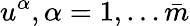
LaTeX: u^{\alpha},\alpha=1,\ldots\bar{m}